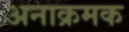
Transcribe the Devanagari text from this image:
अनाक्रमक